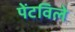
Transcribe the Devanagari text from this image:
पेंटविले